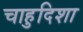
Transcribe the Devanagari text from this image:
चाहुदिशा